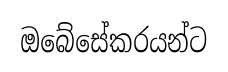
ඔබේසේකරයන්ට